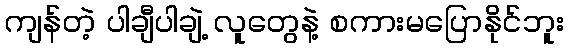
ကျန်တဲ့ ပါချီပါချဲ့ လူတွေနဲ့ စကားမပြောနိုင်ဘူး